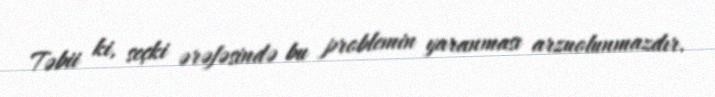
Təbii ki, seçki ərəfəsində bu problemin yaranması arzuolunmazdır.